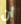
أن